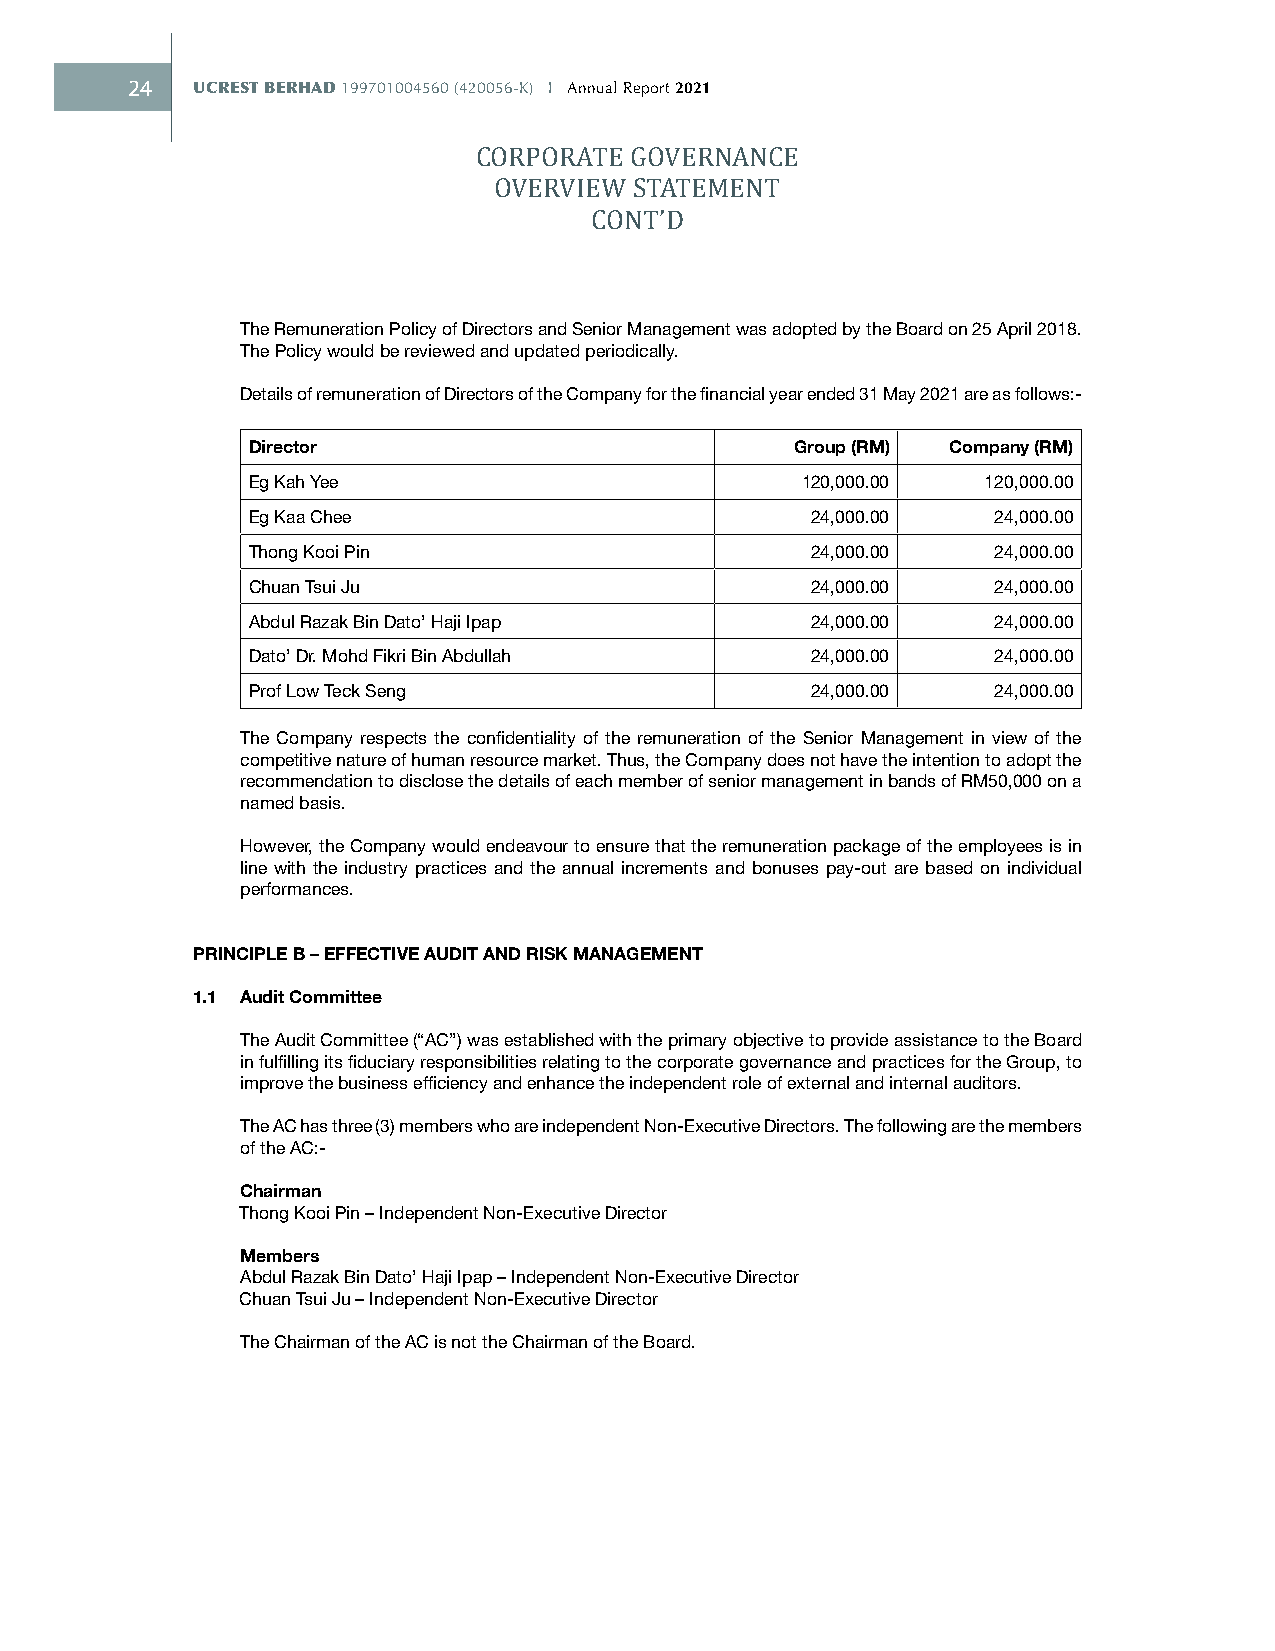
24   UCREST BERHAD 199701004560 (420056-K) I Annual Report 2021
 CORPORATE GOVERNANCE
 OVERVIEW STATEMENT
 CONT’D
 The Remuneration Policy of Directors and Senior Management was adopted by the Board on 25 April 2018.
 The Policy would be reviewed and updated periodically.
 Details of remuneration of Directors of the Company for the financial year ended 31 May 2021 are as follows:-
 Director                             Group (RM) Company (RM)
 Eg Kah Yee                           120,000.00  120,000.00
 Eg Kaa Chee                           24,000.00   24,000.00
 Thong Kooi Pin                        24,000.00   24,000.00
 Chuan Tsui Ju                         24,000.00   24,000.00
 Abdul Razak Bin Dato’ Haji Ipap       24,000.00   24,000.00
 Dato’ Dr. Mohd Fikri Bin Abdullah     24,000.00   24,000.00
 Prof Low Teck Seng                    24,000.00   24,000.00
 The Company respects the confidentiality of the remuneration of the Senior Management in view of the
 competitive nature of human resource market. Thus, the Company does not have the intention to adopt the
 recommendation to disclose the details of each member of senior management in bands of RM50,000 on a
 named basis.
 However, the Company would endeavour to ensure that the remuneration package of the employees is in
 line with the industry practices and the annual increments and bonuses pay-out are based on individual
 performances.
 PRINCIPLE B – EFFECTIVE AUDIT AND RISK MANAGEMENT
 1.1 Audit Committee
 The Audit Committee (“AC”) was established with the primary objective to provide assistance to the Board
 in fulfilling its fiduciary responsibilities relating to the corporate governance and practices for the Group, to
 improve the business efficiency and enhance the independent role of external and internal auditors.
 The AC has three (3) members who are independent Non-Executive Directors. The following are the members
 of the AC:-
 Chairman
 Thong Kooi Pin – Independent Non-Executive Director
 Members
 Abdul Razak Bin Dato’ Haji Ipap – Independent Non-Executive Director
 Chuan Tsui Ju – Independent Non-Executive Director
 The Chairman of the AC is not the Chairman of the Board.